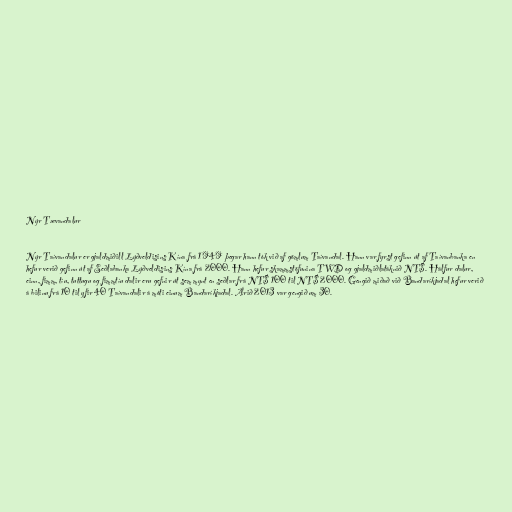
Nýr Tævandalur

Nýr Taívandalur er gjaldmiðill Lýðveldisins Kína frá 1949 þegar hann tók við af gömlum Taívandal. Hann var fyrst gefinn út af Taívanbanka en
hefur verið gefinn út af Seðlabanka Lýðveldisins Kína frá 2000. Hann hefur skammstöfunina TWD og gjaldmiðlatáknið NT$. Hálfur dalur,
einn, fimm, tíu, tuttugu og fimmtíu dalir eru gefnir út sem mynt en seðlar frá NT$ 100 til NT$ 2000. Gengið miðað við Bandaríkjadal hefur verið
á bilinu frá 10 til yfir 40 Taívandalir á móti einum Bandaríkjadal. Árið 2013 var gengið um 30.